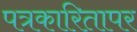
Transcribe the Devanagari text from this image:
पत्रकारितापर